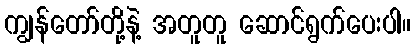
ကျွန်တော်တို့နဲ့ အတူတူ ဆောင်ရွက်ပေးပါ။